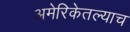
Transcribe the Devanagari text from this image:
अमेरिकेतल्याच